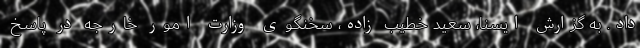
داد. به گزارش ایسنا، سعید خطیب زاده، سخنگوی وزارت امور خارجه در پاسخ